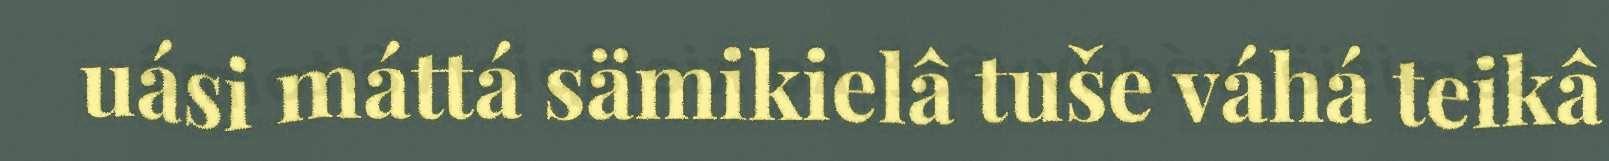
uási máttá sämikielâ tuše váhá teikâ